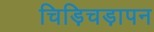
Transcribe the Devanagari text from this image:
चिड़िचड़ापन